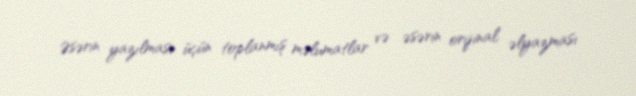
Əsərin yazılması üçün toplanmış məlumatlar və əsərin orijinal əlyazması